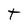
Character: t